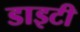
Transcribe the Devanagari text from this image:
डाइटी